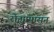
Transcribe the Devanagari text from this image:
रोह्यापासून